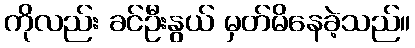
ကိုလည်း ခင်ဦးနွယ် မှတ်မိနေခဲ့သည်။